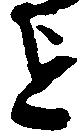
を